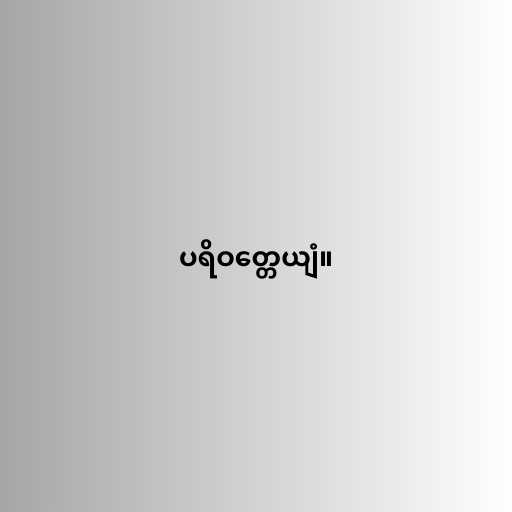
ပရိဝတ္တေယျံ။